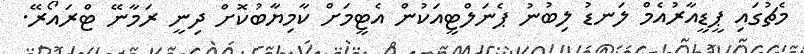
މެޗުގައި ޕީޑީއާރުއެމް ލަނޑު ލިބުނު ޕެނަލްޓީއަކުން އެޓީމަށް ކާމިޔާބުކޮށް ދިނީ ރަމާނޭ ޓްރައޯރޭ.